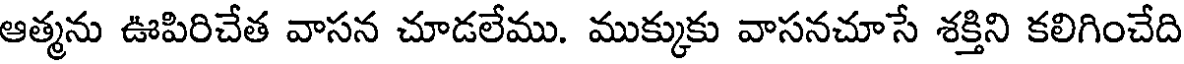
ఆత్మను ఊపిరిచేత వాసన చూడలేము. ముక్కుకు వాసనచూసే శక్తిని కలిగించేది